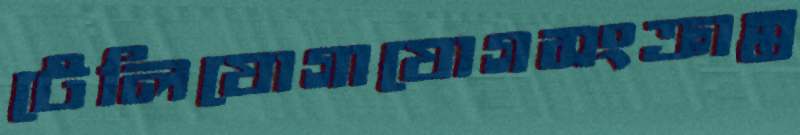
টেলিযোগাযোগসংক্রান্ত